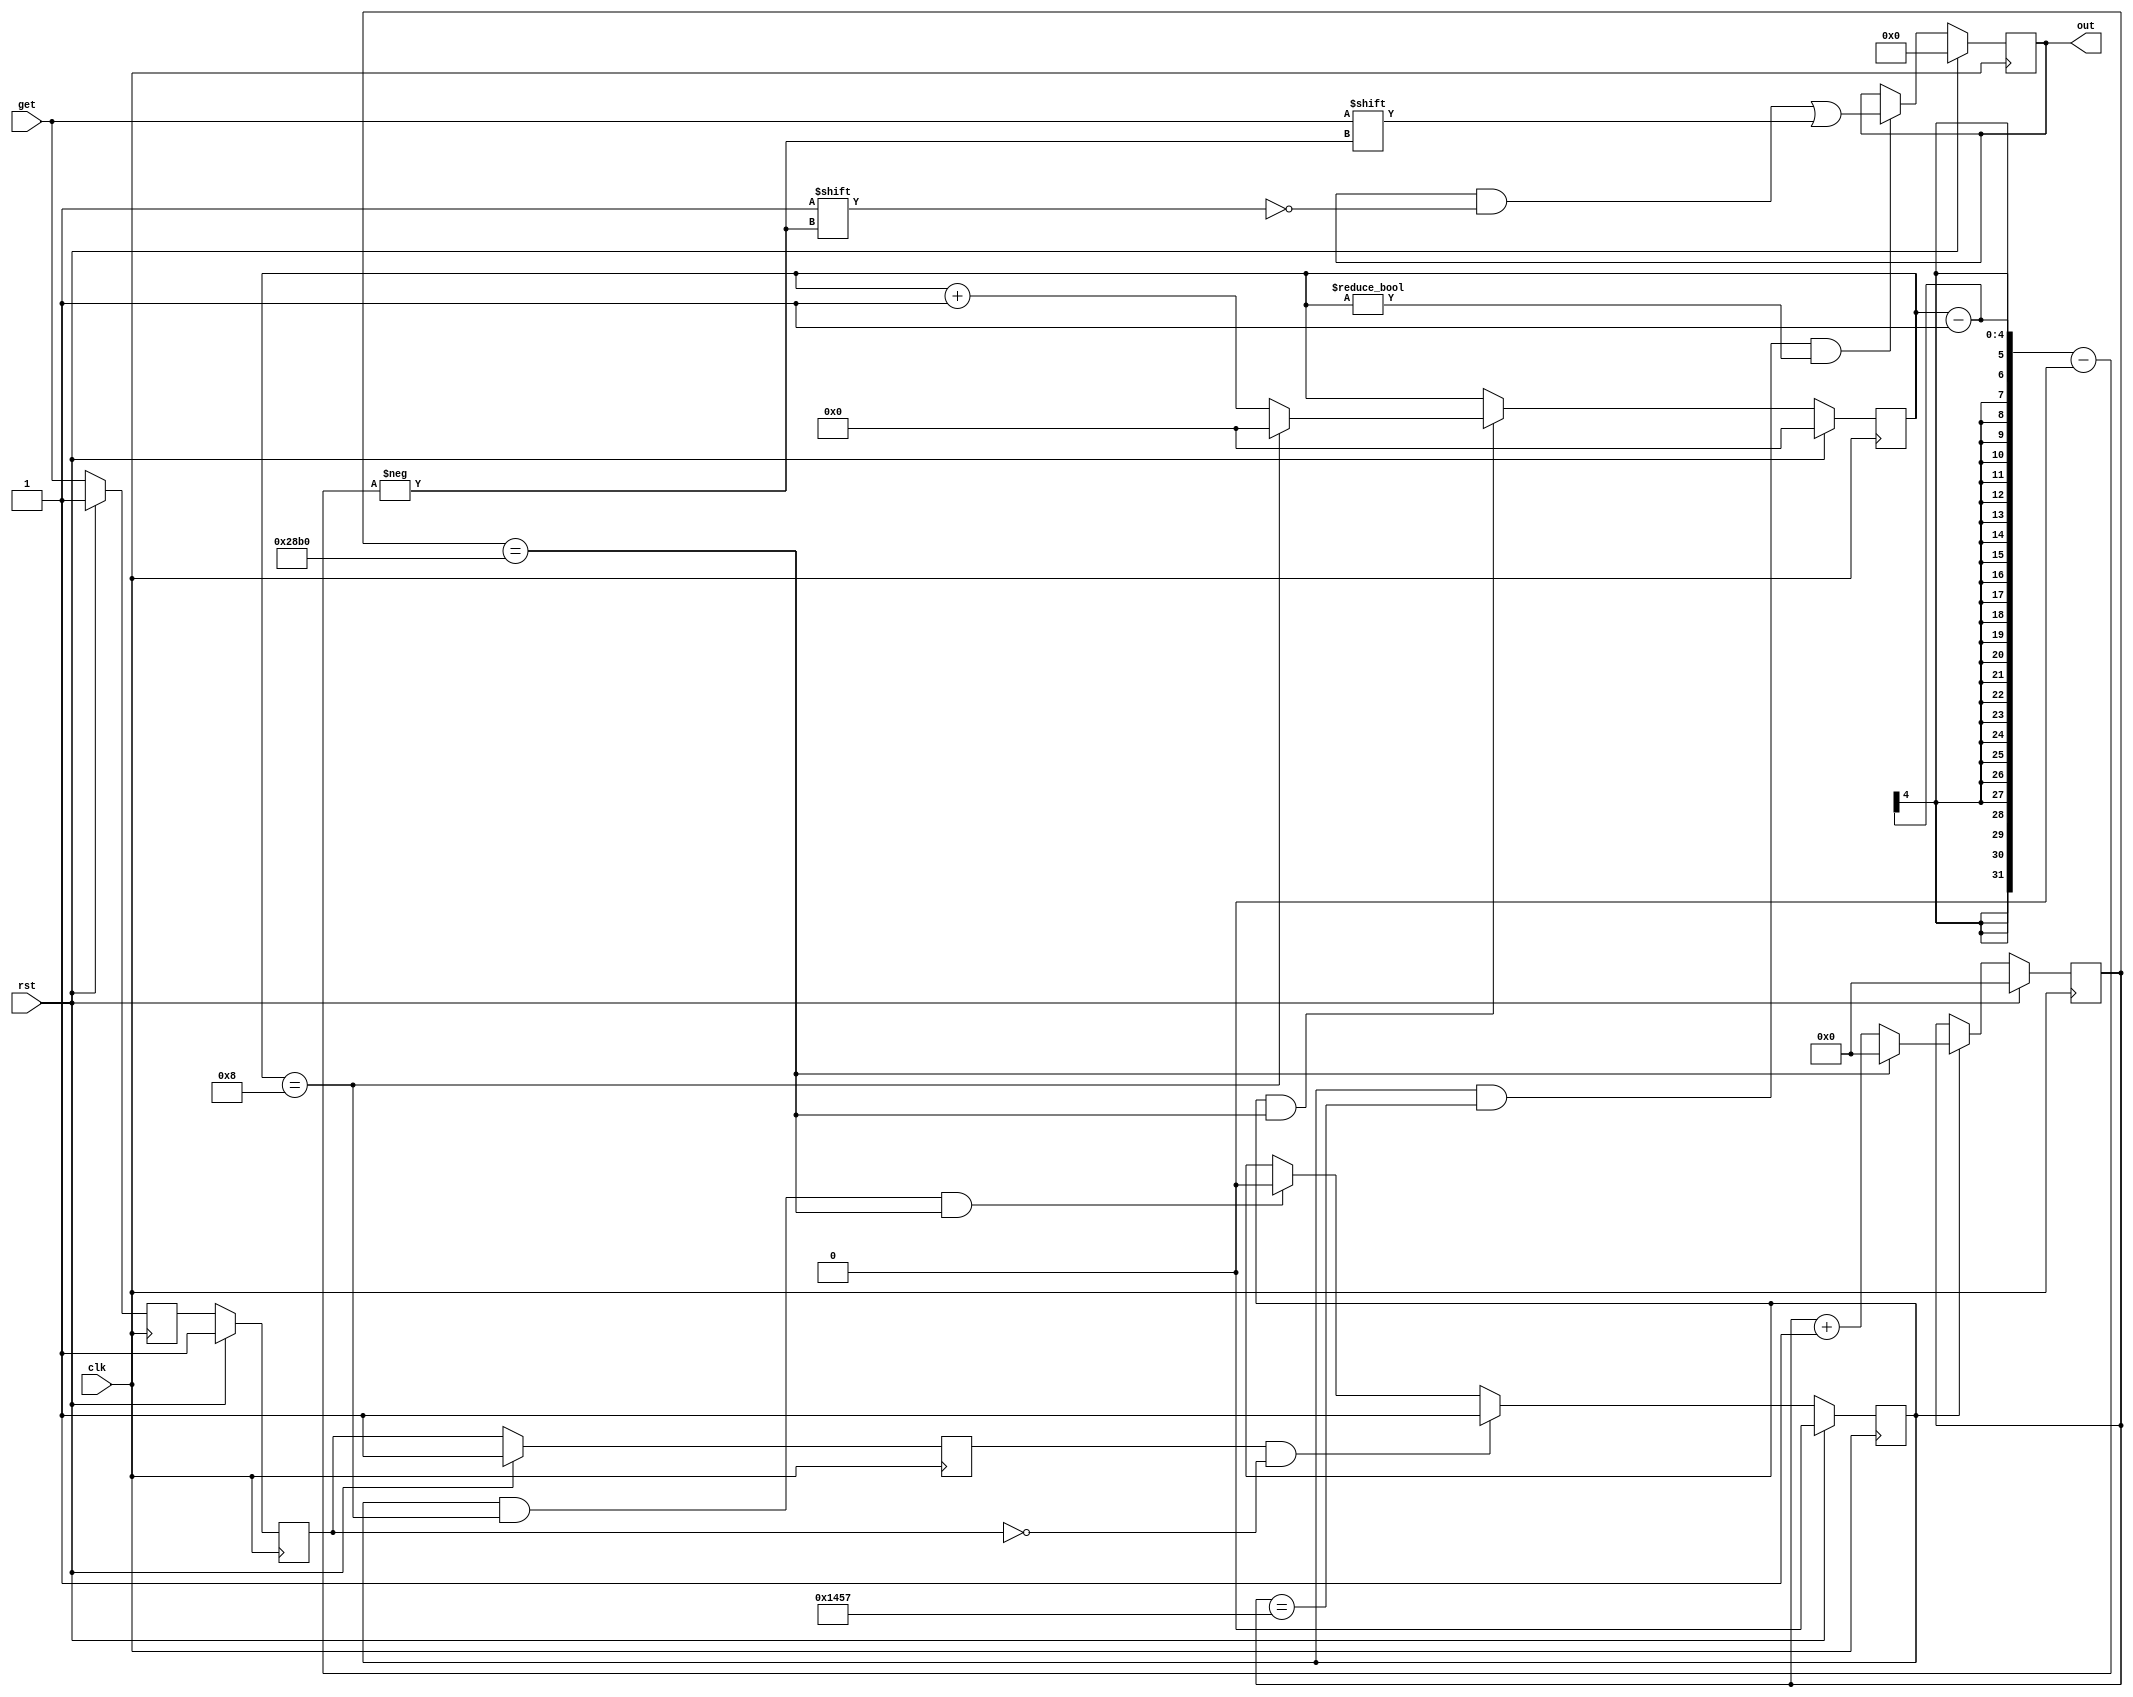
module bluetooth(
    input clk,
    input rst,
    input get,
    output reg [7:0] out
);
    parameter bps=10417;//9600
    reg [14:0] count_1;//
    reg [3:0] count_2;//
    reg buffer_0,buffer_1,buffer_2;//
    wire buffer_en;//
    reg add_en;//

    always @ (posedge clk)
    begin
        if(rst)
        begin
            buffer_0<=1;
            buffer_1<=1;
            buffer_2<=1;
        end
        else
        begin
            buffer_0<=get;
            buffer_1<=buffer_0;
            buffer_2<=buffer_1;
        end
    end

    assign buffer_en=buffer_2&~buffer_1;

    always @ (posedge clk)
    begin
        if(rst)
        begin
            count_1<=0;
        end
        else if(add_en)
        begin
            if(count_1==bps-1)
            begin
                count_1<=0;
            end
            else
            begin
                count_1<=count_1+1;
            end
        end
    end

    always @ (posedge clk)
    begin
        if(rst)
        begin
            count_2<=0;
        end
        else if(add_en&&count_1==bps-1)//
        begin
            if(count_2==8)
            begin
                count_2<=0;
            end
            else
            begin
                count_2<=count_2+1;
            end
        end
    end

    always @ (posedge clk)
    begin
        if(rst)
        begin
            add_en<=0;
        end
        else if(buffer_en)
        begin
            add_en<=1;
        end
        else if(add_en&&count_2==8&&count_1==bps-1)
        begin
            add_en<=0;
        end
    end
    
    always @ (posedge clk)
    begin
        if(rst)
        begin
            out<=0;
        end
        else if(add_en&&count_1==bps/2-1&&count_2!=0)
        begin
            out[count_2-1]<=get;
        end
    end
    
endmodule